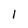
Character: 1